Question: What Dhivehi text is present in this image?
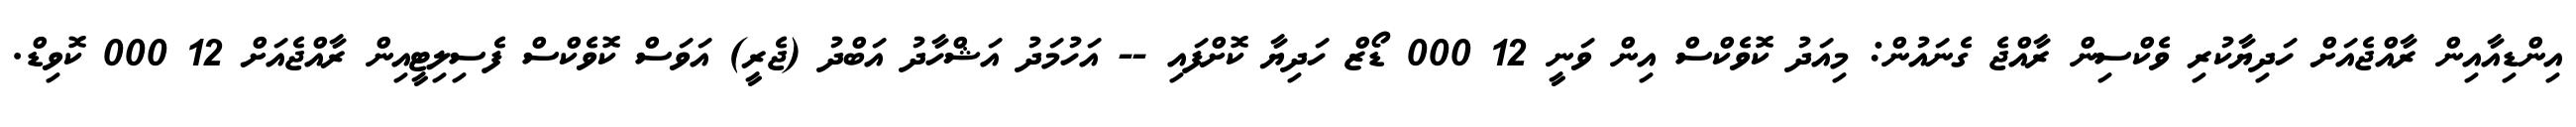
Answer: އިންޑިއާއިން ރާއްޖެއަށް ހަދިޔާކުރި ވެކްސިން ރާއްޖެ ގެނައުން: މިއަދު ކޮވެކްސް އިން ވަނީ 12 000 ޑޯޒް ހަދިޔާ ކޮށްފައި -- އަހުމަދު އަޝްހާދު އަބްދު (ޖެރީ) އަވަސް ކޮވެކްސް ފެސިލިޓީއިން ރާއްޖެއަށް 12 000 ކޮވިޑް.